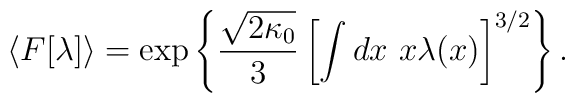
\langle F[\lambda]\rangle =\exp \left\{ \frac{\sqrt{2\kappa_0}}{3}\left[\int dx~x\lambda(x)\right]^{3/2}\right\}.